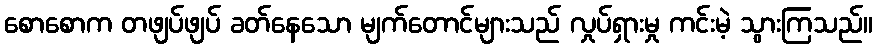
စောစောက တဖျပ်ဖျပ် ခတ်နေသော မျက်တောင်များသည် လှုပ်ရှားမှု ကင်းမဲ့ သွားကြသည်။